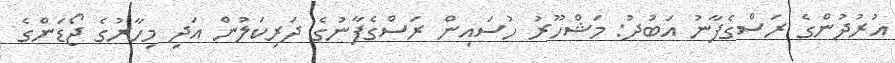
އުރުދުންގެ ރަސްގެފާނު އަބުދު: މަޝްހޫރު ހުސައިން ރަސްގެފާނުގެ ދަރިކަލުން އަދި މިހާރުގެ ޖޯޑަންގެ